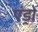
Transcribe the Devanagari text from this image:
एंड्रो